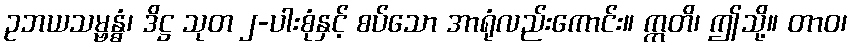
ဥဘယသမ္ဗန္ဓံ၊ ဒိဋ္ဌ သုတ ၂-ပါးစုံနှင့် စပ်သော အာရုံလည်းကောင်း။ ဣတိ၊ ဤသို့။ တာဝ၊